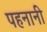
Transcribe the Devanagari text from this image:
पहनानी